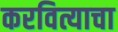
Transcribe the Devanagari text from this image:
करवित्याचा